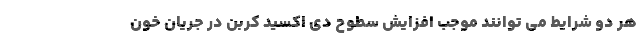
هر دو شرایط می توانند موجب افزایش سطوح دی اکسید کربن در جریان خون